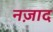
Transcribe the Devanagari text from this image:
नज़ाद